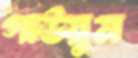
গাউয়ুম